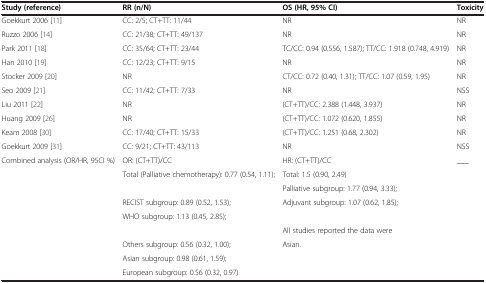
<table><thead><tr><td><b>Study (reference)</b></td><td><b>RR (n/N)</b></td><td><b>OS (HR, 95% CI)</b></td><td><b>Toxicity</b></td></tr></thead><tbody><tr><td>Goekkurt 2006 [11]</td><td>CC: 2/5; CT+TT: 11/44</td><td>NR</td><td>NR</td></tr><tr><td>Ruzzo 2006 [14]</td><td>CC: 21/38; CT+TT: 49/137</td><td>NR</td><td>NR</td></tr><tr><td>Park 2011 [18]</td><td>CC: 35/64; CT+TT: 23/44</td><td>TC/CC: 0.94 (0.556, 1.587); TT/CC: 1.918 (0.748, 4.919)</td><td>NR</td></tr><tr><td>Han 2010 [19]</td><td>CC: 12/23; CT+TT: 9/15</td><td>NR</td><td>NR</td></tr><tr><td>Stocker 2009 [20]</td><td>NR</td><td>CT/CC: 0.72 (0.40, 1.31); TT/CC: 1.07 (0.59, 1.95)</td><td>NR</td></tr><tr><td>Seo 2009 [21]</td><td>CC: 11/42; CT+TT: 7/33</td><td>NR</td><td>NSS</td></tr><tr><td>Liu 2011 [22]</td><td>NR</td><td>(CT+TT)/CC: 2.388 (1.448, 3.937)</td><td>NR</td></tr><tr><td>Huang 2009 [26]</td><td>NR</td><td>(CT+TT)/CC: 1.072 (0.620, 1.855)</td><td>NR</td></tr><tr><td>Keam 2008 [30]</td><td>CC: 17/40; CT+TT: 15/33</td><td>(CT+TT)/CC: 1.251 (0.68, 2.302)</td><td>NR</td></tr><tr><td>Goekkurt 2009 [31]</td><td>CC: 9/21; CT+TT: 43/113</td><td>NR</td><td>NSS</td></tr><tr><td rowspan="9">Combined analysis (OR/HR, 95CI %)</td><td>OR: (CT+TT)/CC</td><td>HR: (CT+TT)/CC</td><td>___</td></tr><tr><td rowspan="2">Total (Palliative chemotherapy): 0.77 (0.54, 1.11);</td><td>Total: 1.5 (0.90, 2.49)</td><td> </td></tr><tr><td>Palliative subgroup: 1.77 (0.94, 3.33);</td><td> </td></tr><tr><td>RECIST subgroup: 0.89 (0.52, 1.53);</td><td>Adjuvant subgroup: 1.07 (0.62, 1.85);</td><td> </td></tr><tr><td>WHO subgroup: 1.13 (0.45, 2.85);</td><td> </td><td> </td></tr><tr><td> </td><td>All studies reported the data were</td><td> </td></tr><tr><td>Others subgroup: 0.56 (0.32, 1.00);</td><td>Asian.</td><td> </td></tr><tr><td>Asian subgroup: 0.98 (0.61, 1.59);</td><td> </td><td> </td></tr><tr><td>European subgroup: 0.56 (0.32, 0.97)</td><td> </td><td> </td></tr></tbody></table>